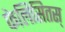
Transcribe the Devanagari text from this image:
फेलिसितस्